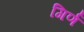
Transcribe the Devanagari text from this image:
गिर्ण